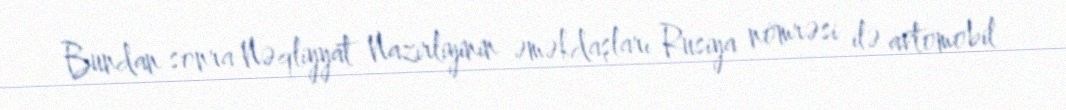
Bundan sonra Nəqliyyat Nazirliyinin əməkdaşları Rusiya nömrəsi ilə avtomobil